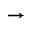
\rightarrow